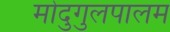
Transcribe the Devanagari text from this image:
मोदुगुलपालम